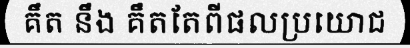
គឹត នឹង គឹតតែពីផលប្រយោជ